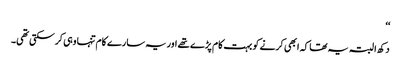
‘‘
دکھ ا لبتہ یہ تھا کہ ابھی کرنے کو بہت کام پڑے تھے اور یہ سارے کام تنہا وہی کرسکتی تھی۔